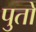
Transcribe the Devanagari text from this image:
पुतो